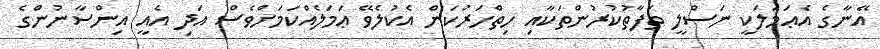
އޭނާގެ އެޢަމަލަކީ ނަސްލީ ތަފާތުކުރުންތަކާއި ހިތްހަރުކަން އެކުލެވޭ ޢަމަލެއްކަމަށްވެސް އަދި އެއީ އިންސާނުންގެ